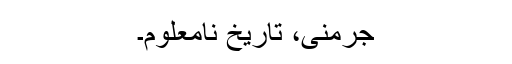
جرمنی، تاریخ نامعلوم۔